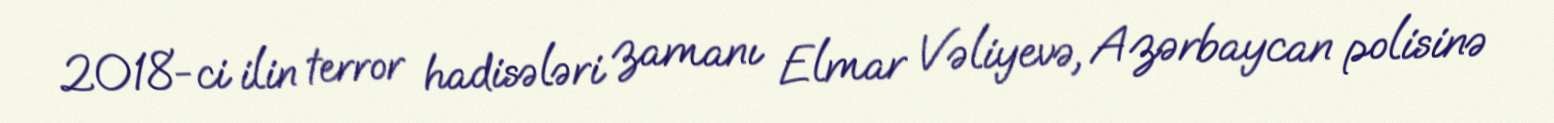
2018-ci ilin terror hadisələri zamanı Elmar Vəliyevə, Azərbaycan polisinə